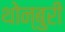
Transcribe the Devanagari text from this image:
थोन्बुरी